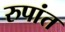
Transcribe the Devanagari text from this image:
रुपांत